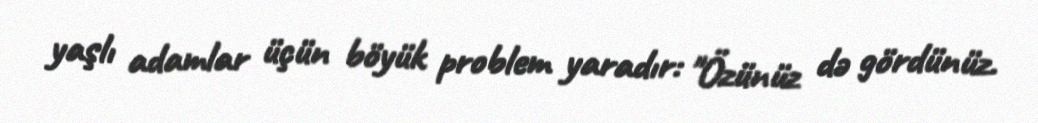
yaşlı adamlar üçün böyük problem yaradır: "Özünüz də gördünüz.